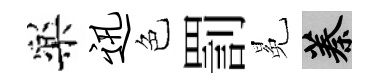
樂迅色罰冕蓁